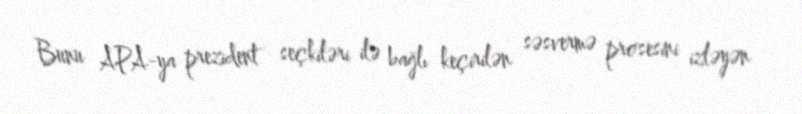
Bunu APA-ya prezident seçkiləri ilə bağlı keçirilən səsvermə prosesini izləyən